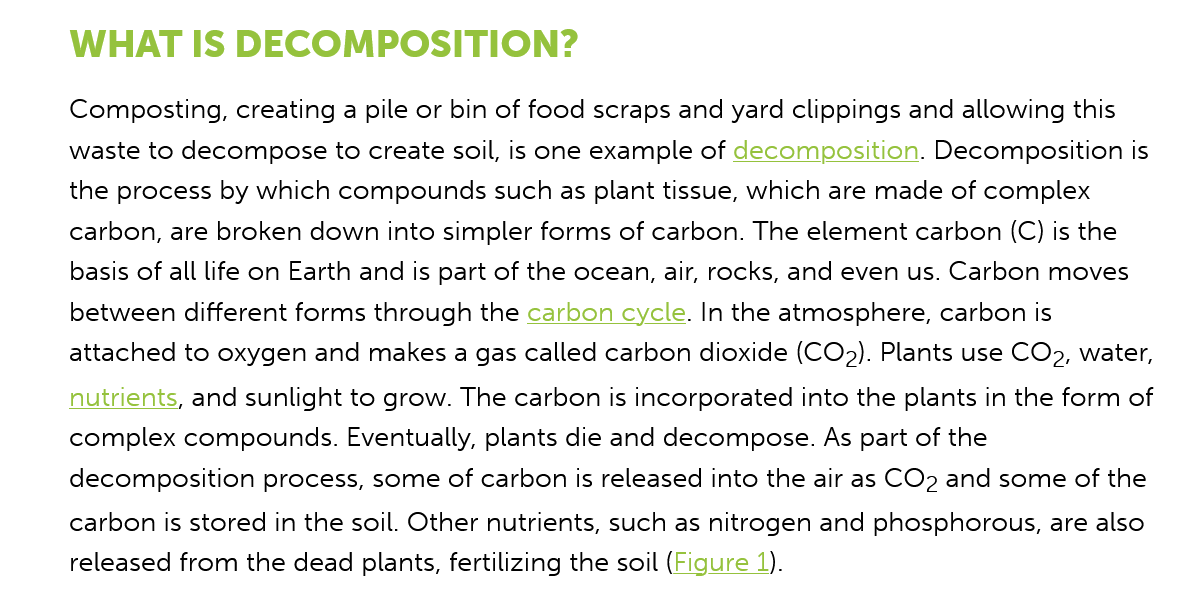
WHAT   IS   DECOMPOSITION?
     Composting, creating a pile or bin of food scraps and yard clippings and allowing this
     waste to decompose to create soil, is one example of decomposition. Decomposition is
     the process by which compounds such as plant tissue, which are made of complex
     carbon, are broken down into simpler forms of carbon. The element carbon (C) is the
     basis of all life on Earth and is part of the ocean, air, rocks, and even us. Carbon moves
     between different forms through the carbon cycle. In the atmosphere, carbon is
     attached to oxygen and makes a gas called carbon dioxide (CO2). Plants use COz, water,
     nutrients, and sunlight to grow. The carbon is incorporated into the plants in the form of
     complex compounds. Eventually, plants die and decompose. As part of the
     decomposition process, some of carbon is released into the air as CO2 and some of the
     carbon is stored in the soil. Other nutrients, such as nitrogen and phosphorous, are also
     released from the dead plants, fertilizing the soil (Figure 1).